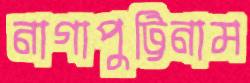
নাগাপুট্টিনাম